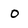
Character: 0